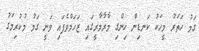
ގަމު ހަތަރު މީހަކު ކަނޑިން ހިންގި މާރާމާރީގައި ޒަހަމްވެފައި ވަނީ ގަމު މުކުރިމަގު